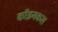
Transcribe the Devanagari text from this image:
कॉइनकस